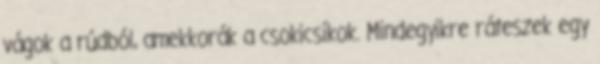
vágok a rúdból, amekkorák a csokicsíkok. Mindegyikre ráteszek egy